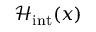
\; { \mathcal { H } } _ { \mathrm { { i n t } } } ( x )